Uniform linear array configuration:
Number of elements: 32
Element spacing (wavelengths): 1
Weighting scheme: uniform
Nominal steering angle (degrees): -30
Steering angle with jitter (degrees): -31.31
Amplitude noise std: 0.05
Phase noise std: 0.05

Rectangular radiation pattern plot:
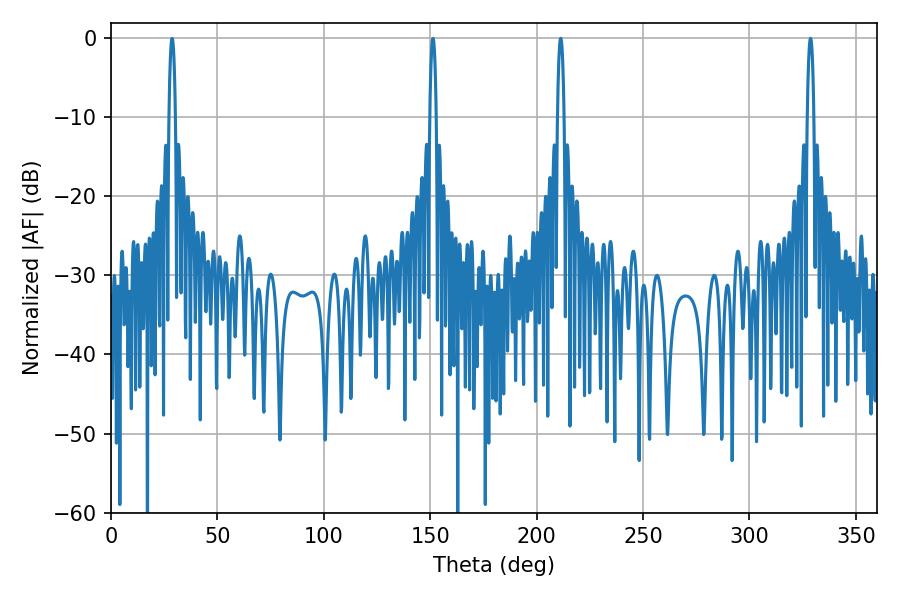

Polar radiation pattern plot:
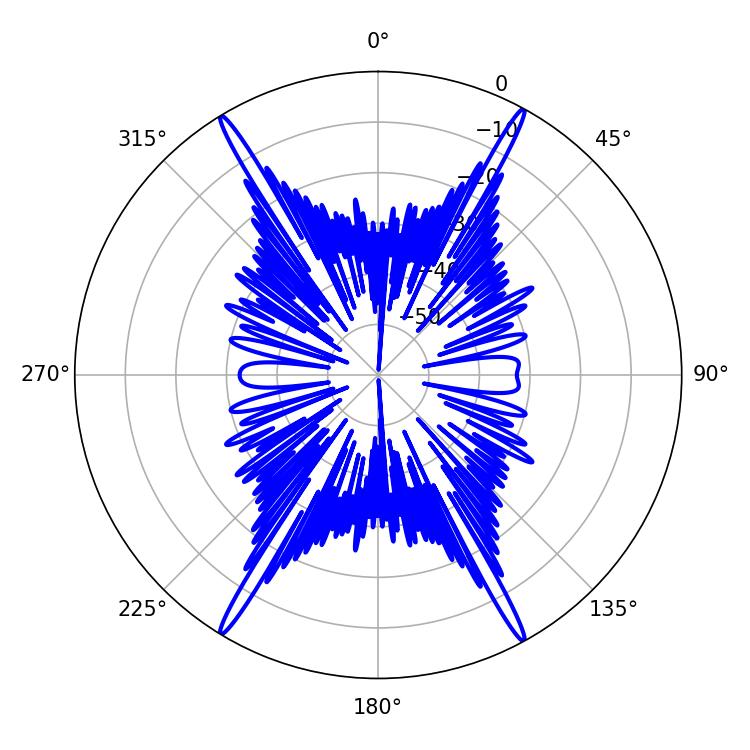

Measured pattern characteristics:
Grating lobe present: TRUE
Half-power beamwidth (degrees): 1.8
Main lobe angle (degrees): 328.68